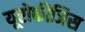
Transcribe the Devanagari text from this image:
यूरोफीजिस